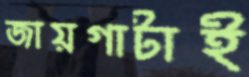
জায়গাটাই